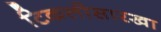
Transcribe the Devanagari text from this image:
टिकलीसारखा